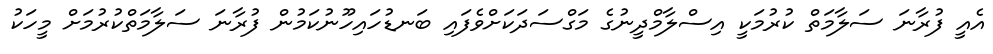
އެއީ ފުރާނަ ސަލާމަތް ކުރުމަކީ އިސްލާމްދީނުގެ މަގްސަދަކަށްވެފައި ބަނޑުހައިހޫނުކަމުން ފުރާނަ ސަލާމަތްކުރުމަށް މީހަކު